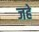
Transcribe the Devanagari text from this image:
जहे